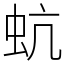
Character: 蚢